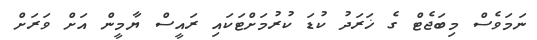
ނަމަވެސް މިބަޖެޓް ގެ ޚަރަދު ކުޑަ ކުރުމަށްޓަކައި ރައީސް ޔާމީން އަށް ވަރަށް